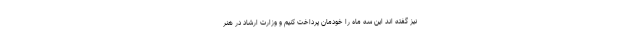
نیز گفته اند این سه ماه را خودمان پرداخت کنیم و وزارت ارشاد در هنر